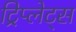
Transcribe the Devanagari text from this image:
ट्रिप्लेट्स